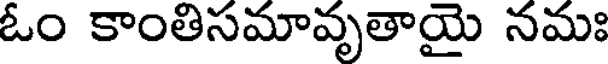
ఓం కాంతిసమావృతాయై నమః